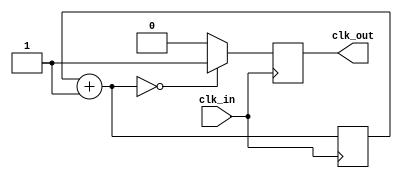
`timescale 1ns / 1ps

module clk6p25m(
    input clk_in,
    output reg clk_out
    );
    reg [3:0] counter;
    
    always @(posedge clk_in) begin
        counter = counter + 1;
        clk_out = (counter == 0) ? 1 : 0;
    end
endmodule